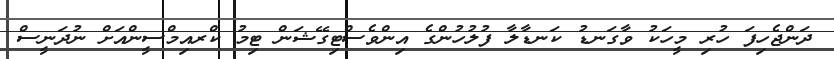
ދަންޖެހިފަ ހުރި މީހަކު ވާގަނޑު ކަނޑާލާ ފުލުހުންގެ އިންވެސްޓިގޭޝަން ޓިމު ކްރއިމްސީންއަށް ނުދަނީސް